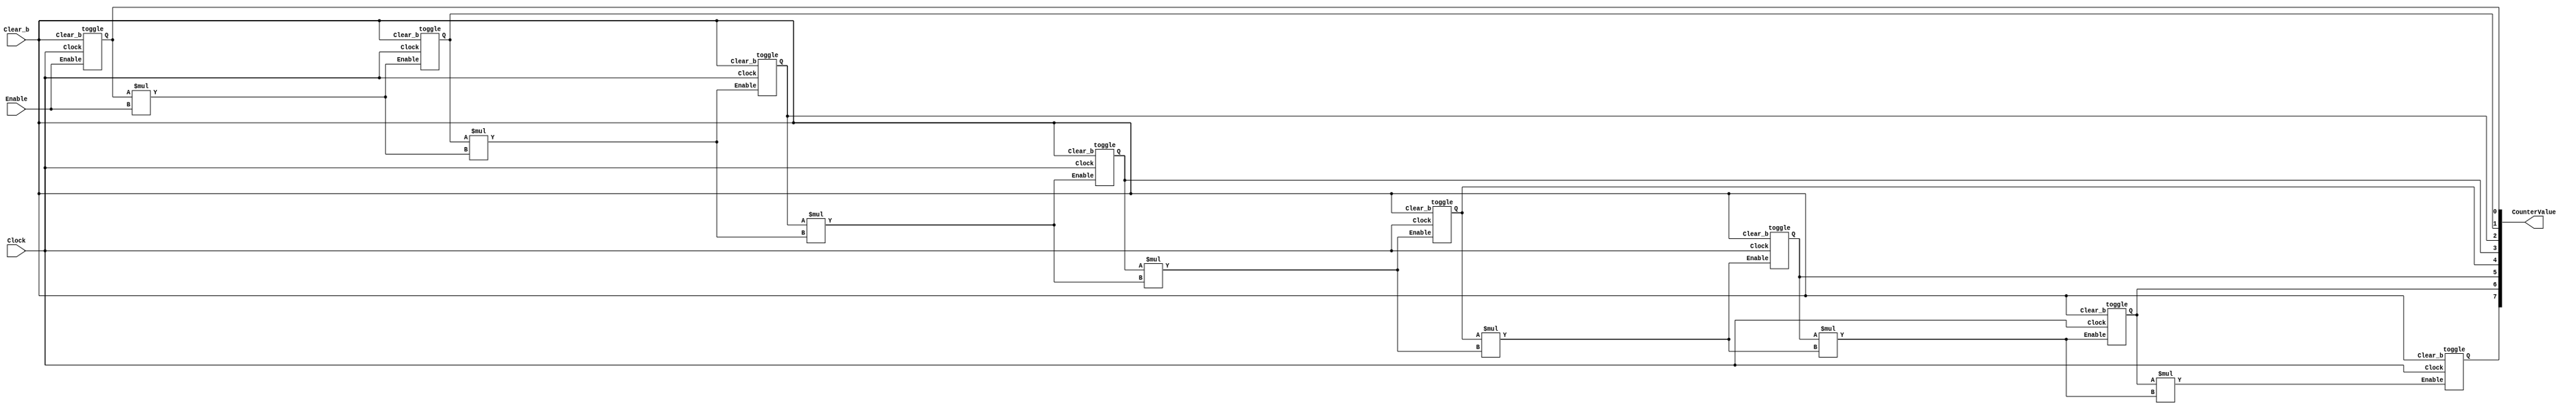
// Verilog code implementing an 8-bit synchronous counter

module part1(Clock, Enable, Clear_b, CounterValue);
    input Clock, Enable, Clear_b;
    output [7:0] CounterValue;
    wire w0, w1, w2, w3, w4, w5, w6;

    // 1st bit
    toggle u0(Clock, Enable, Clear_b, CounterValue[0]);
    assign w0 = (CounterValue[0] * Enable);

    // 2nd bit
    toggle u1(Clock, w0, Clear_b, CounterValue[1]);
    assign w1 = (CounterValue[1] * w0);

    // 3rd bit
    toggle u2(Clock, w1, Clear_b, CounterValue[2]);
    assign w2 = (CounterValue[2] * w1);    

    // 4th bit
    toggle u3(Clock, w2, Clear_b, CounterValue[3]);
    assign w3 = (CounterValue[3] * w2);  

    // 5th bit
    toggle u4(Clock, w3, Clear_b, CounterValue[4]);
    assign w4 = (CounterValue[4] * w3);  

    // 6th bit
    toggle u5(Clock, w4, Clear_b, CounterValue[5]);
    assign w5 = (CounterValue[5] * w4);  

    // 7th bit
    toggle u6(Clock, w5, Clear_b, CounterValue[6]);
    assign w6 = (CounterValue[6] * w5);  

    // 8th bit
    toggle u7(Clock, w6, Clear_b, CounterValue[7]);        

endmodule // part1

module toggle(Clock, Enable, Clear_b, Q);
    input Clock, Enable, Clear_b;
    output reg Q;

    always @(posedge Clock) 
    begin 
        if ( Clear_b == 1'b0 ) 
            Q <= 0;
        else 
            if ( Enable == 1'b1 )
                Q <= ~Q;
            else 
                Q <= Q;
    end

endmodule // toggle